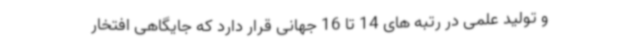
و تولید علمی در رتبه های 14 تا 16 جهانی قرار دارد که جایگاهی افتخار